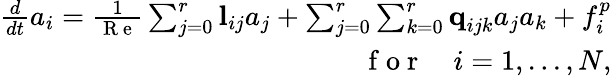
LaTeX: \begin{array}{r}{\frac{d}{dt}a_{i}=\frac{1}{\mathrm{~R~e~}}\sum_{j=0}^{r}\textbf{l}_{ij}a_{j}+\sum_{j=0}^{r}\sum_{k=0}^{r}\textbf{q}_{ijk}a_{j}a_{k}+f_{i}^{p}}\\ {\quad\mathrm{~f~o~r~}\quad i=1,...,N,}\end{array}